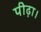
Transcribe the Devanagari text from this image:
पीढ़ा।